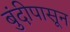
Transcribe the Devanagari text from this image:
बुंदीपासून